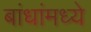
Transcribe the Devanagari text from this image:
बांधांमध्ये